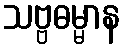
သဗ္ဗဓမ္မာန